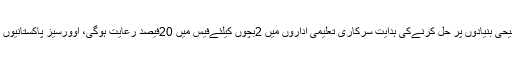
ذرائع کا کہناتھا کہ آئی جی پنجاب کی اوورسیز پاکستانیوں کےکیسزترجیحی بنیادوں پر حل کرنےکی ہدایت سرکاری تعلیمی اداروں میں 2بچوں کیلئےفیس میں 20فیصد رعایت ہوگی، اوورسیز پاکستانیوں کے لئے لاہورمیں سپیشل اوورسیزپولیس سٹیشن کی بھی تجویز دی گئی۔